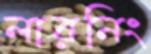
লারনিং